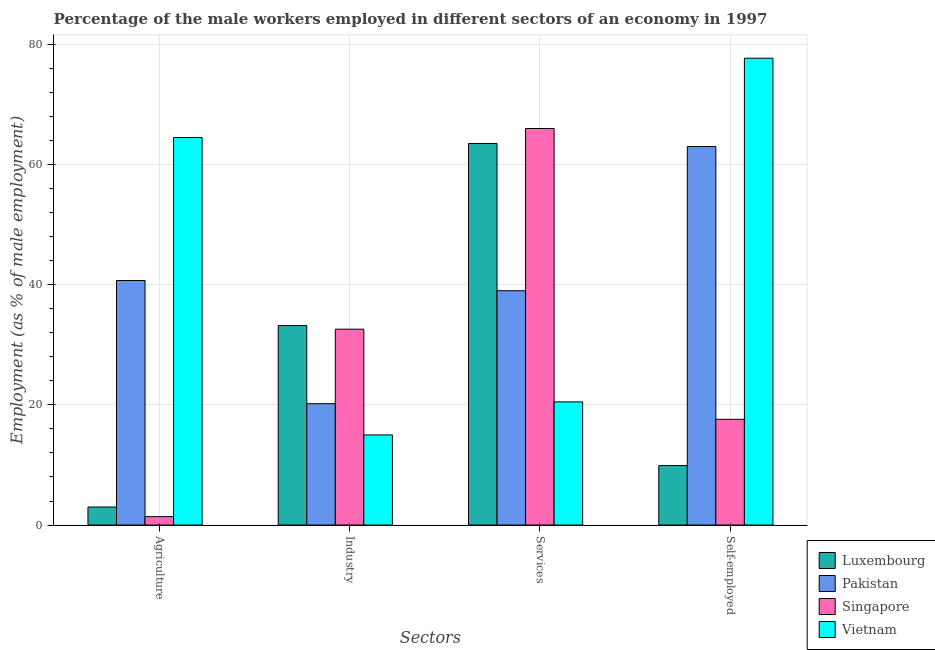
| Sectors | Luxembourg | Pakistan | Singapore | Vietnam |
 | --- | --- | --- | --- | --- |
 | Agriculture | 3 | 40.7 | 1.4 | 64.5 |
 | Industry | 33.2 | 20.2 | 32.6 | 15 |
 | Services | 63.5 | 39 | 66 | 20.5 |
 | Self-employed | 9.9 | 63 | 17.6 | 77.7 |